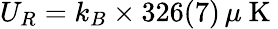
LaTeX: U_{R}=k_{B}\times 326(7)\, \mu\mathrm{~K~}